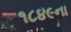
૧૮૪૯ના